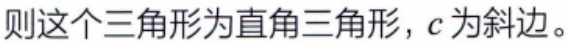
则这个三角形为直角三角形，\(c\)为斜边。